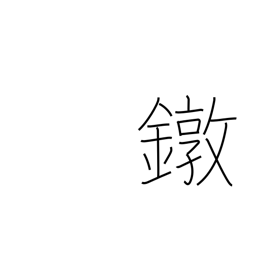
Meaning: ferrule